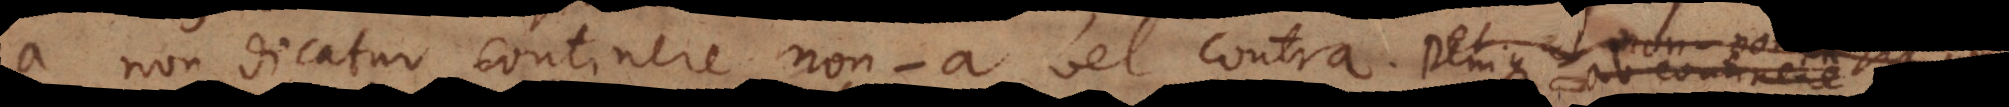
a non dicatur continere non‐a vel contra. Denique